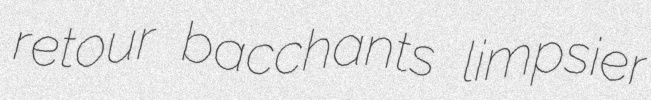
retour bacchants limpsier